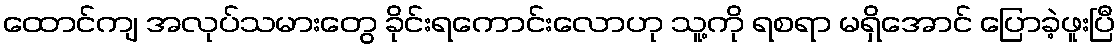
ထောင်ကျ အလုပ်သမားတွေ ခိုင်းရကောင်းလောဟု သူ့ကို ရစရာ မရှိအောင် ပြောခဲ့ဖူးပြီ